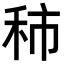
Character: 𥞑